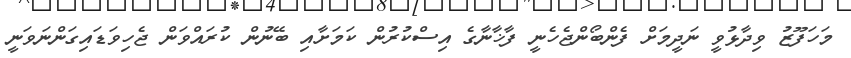
މަހަފޫޒު ވިދާޅުވީ ނަދީމަށް ފެންބޯންޖެހެނީ ފާޚާނާގެ އިސްކުރުން ކަމަށާއި ބޭނުން ކުރައްވަން ޖެހިވަޑައިގަންނަވަނީ